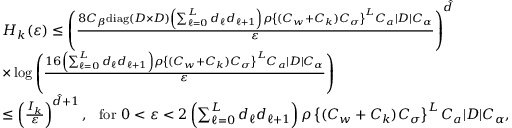
\begin{array} { r l } & { H _ { k } ( \varepsilon ) \leq \left( \frac { 8 C _ { \beta } \mathrm { d i a g } ( D \times D ) \left( \sum _ { \ell = 0 } ^ { L } d _ { \ell } d _ { \ell + 1 } \right) \rho \left\{ ( C _ { w } + C _ { k } ) C _ { \sigma } \right\} ^ { L } C _ { a } | D | C _ { \alpha } } { \varepsilon } \right) ^ { \hat { d } } } \\ & { \times \log \left( \frac { 1 6 \left( \sum _ { \ell = 0 } ^ { L } d _ { \ell } d _ { \ell + 1 } \right) \rho \left\{ ( C _ { w } + C _ { k } ) C _ { \sigma } \right\} ^ { L } C _ { a } | D | C _ { \alpha } } { \varepsilon } \right) } \\ & { \leq \left( \frac { I _ { k } } { \varepsilon } \right) ^ { \hat { d } + 1 } , \ \ \mathrm { f o r } \ 0 < \varepsilon < 2 \left( \sum _ { \ell = 0 } ^ { L } d _ { \ell } d _ { \ell + 1 } \right) \rho \left\{ ( C _ { w } + C _ { k } ) C _ { \sigma } \right\} ^ { L } C _ { a } | D | C _ { \alpha } , } \end{array}